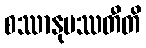
စဿာနုပဿတီတိ